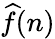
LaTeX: {\widehat{f}}(n)